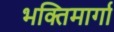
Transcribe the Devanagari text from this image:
भक्तिमार्गा